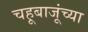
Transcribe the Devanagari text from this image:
चहूबाजूंच्या